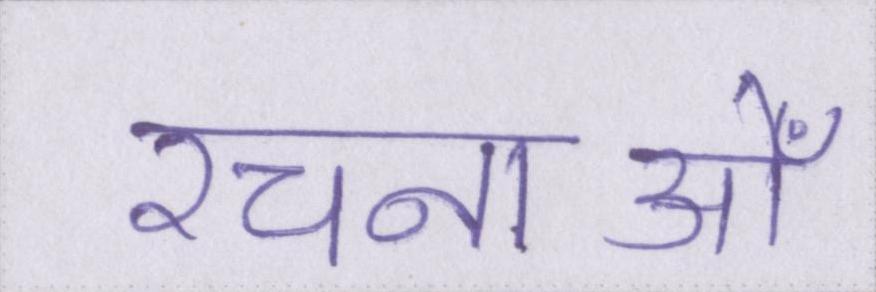
रचनाओँ